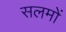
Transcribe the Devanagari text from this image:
सलमों